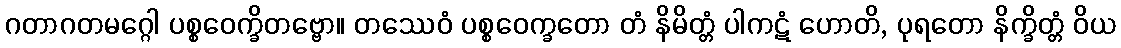
ဂတာဂတမဂ္ဂေါ ပစ္စဝေက္ခိတဗ္ဗော။ တဿေဝံ ပစ္စဝေက္ခတော တံ နိမိတ္တံ ပါကဋံ ဟောတိ, ပုရတော နိက္ခိတ္တံ ဝိယ